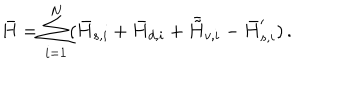
\bar { H } = \sum _ { i = 1 } ^ { N } ( \bar { H } _ { s , i } + \bar { H } _ { d , i } + \bar { \tilde { H } } _ { v , i } - \bar { H } _ { s , i } ^ { \prime } ) \, .